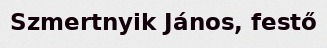
Szmertnyik János, festő